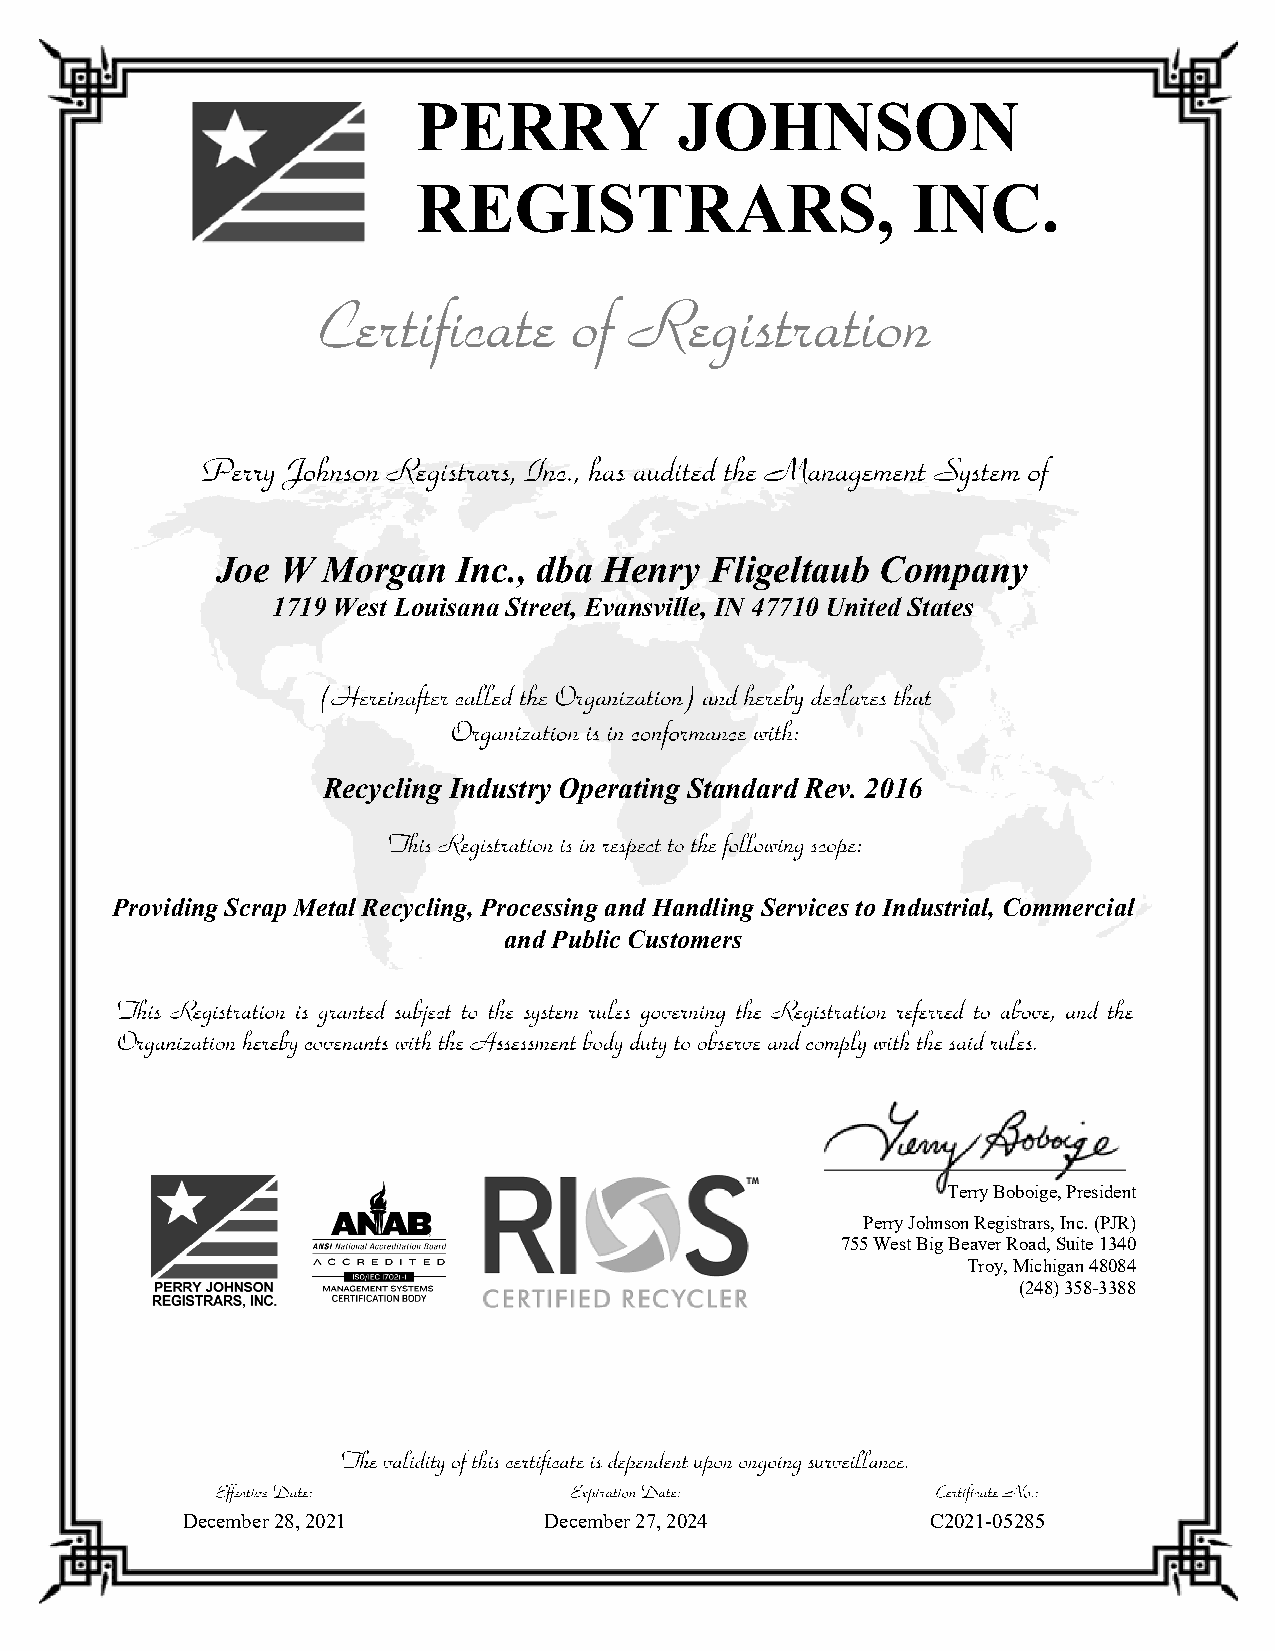
PERRY            JOHNSON
 REGISTRARS,                     INC.
 Joe  W Morgan   Inc., dba Henry  Fligeltaub Company
 1719 West Louisana Street, Evansville, IN 47710 United States
 Recycling Industry Operating Standard Rev. 2016
 Providing Scrap Metal Recycling, Processing and Handling Services to Industrial, Commercial
 and Public Customers
 Terry Boboige, President
 Perry Johnson Registrars, Inc. (PJR)
 755 West Big Beaver Road, Suite 1340
 Troy, Michigan 48084
 (248) 358-3388
 December 28, 2021       December 27, 2024         C2021-05285